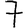
Digit: 7